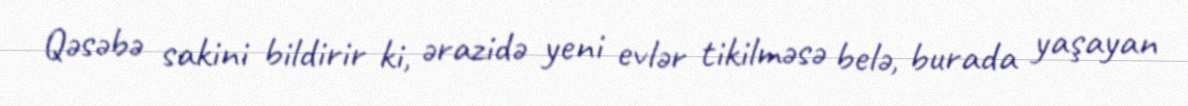
Qəsəbə sakini bildirir ki, ərazidə yeni evlər tikilməsə belə, burada yaşayan